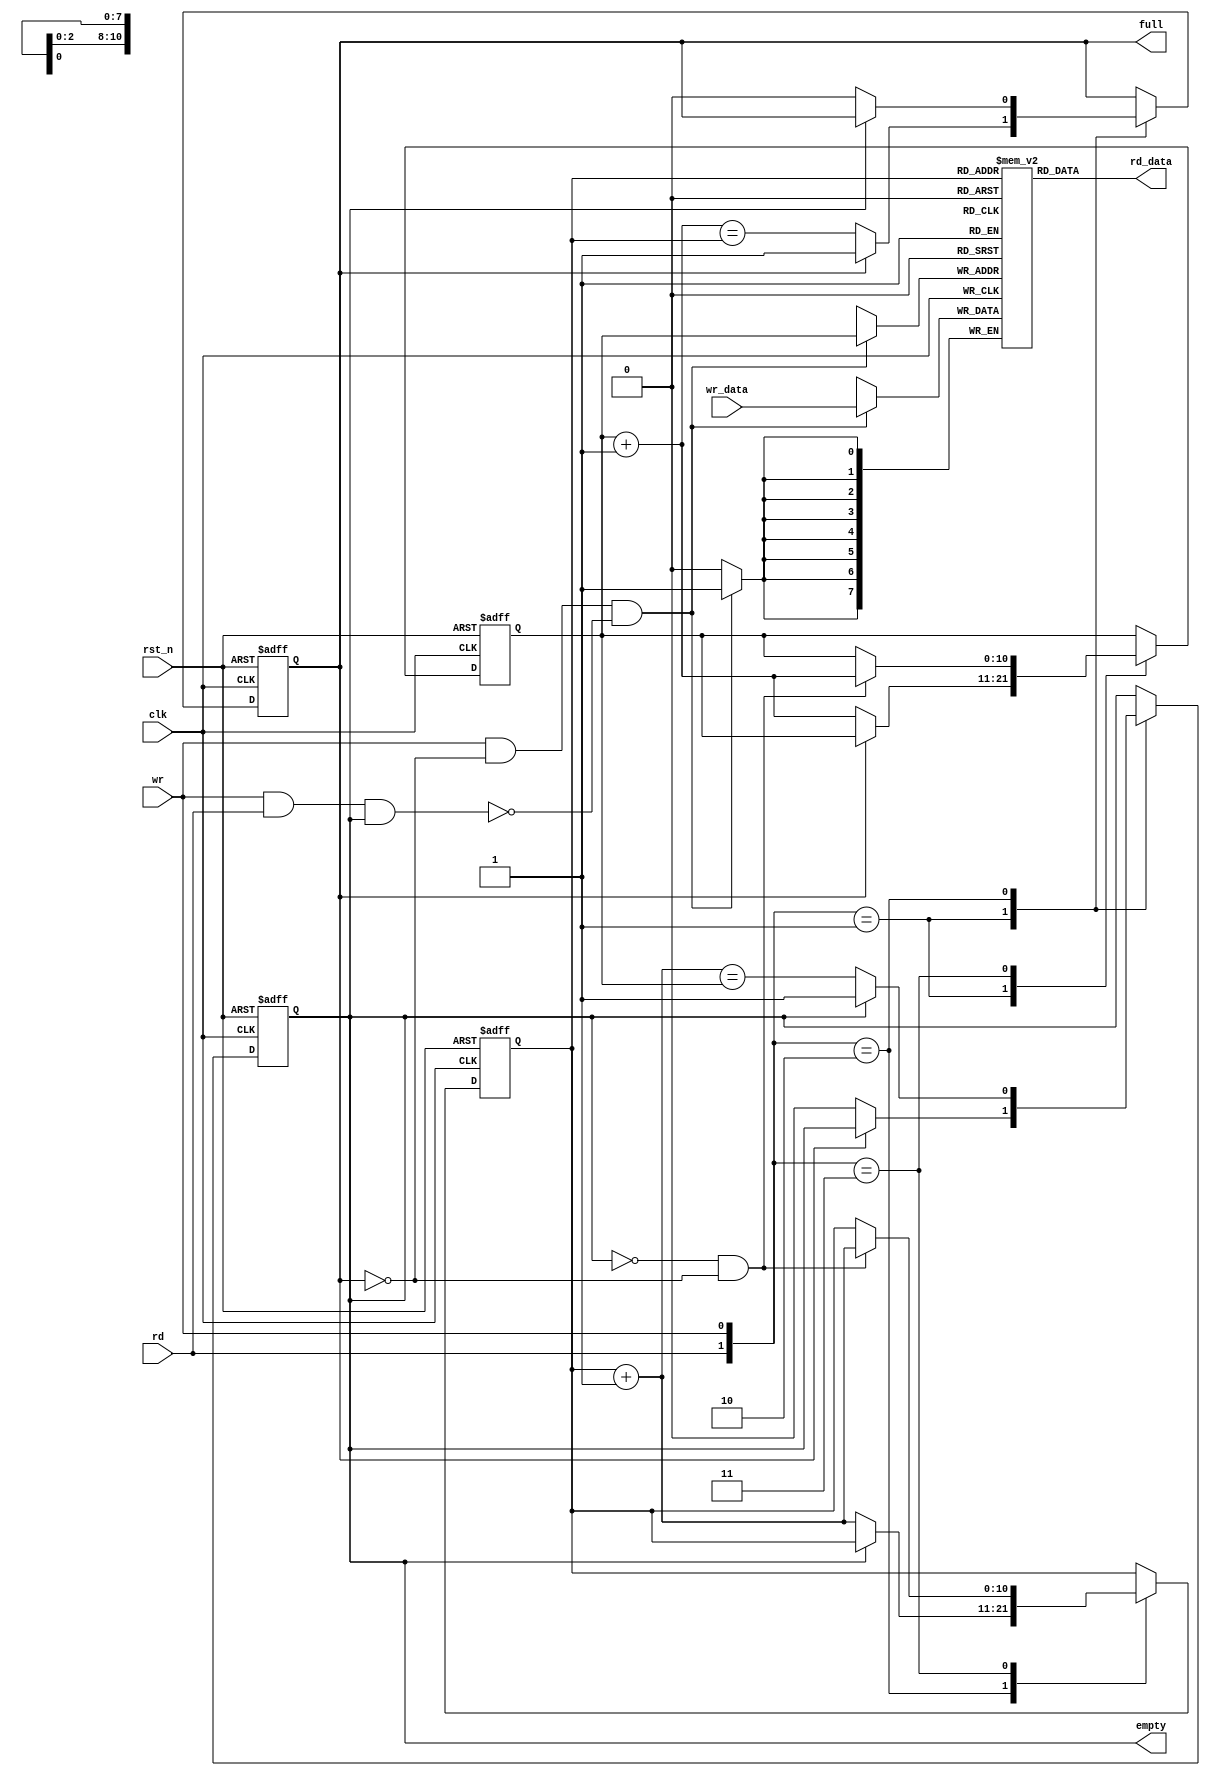
// This program was cloned from: https://github.com/AngeloJacobo/FPGA_Book_Experiments
// License: MIT License

`timescale 1ns / 1ps

module fifo
	#(parameter W=11,B=8)
	(
	input clk,rst_n,
	input wr,rd,
	input[B-1:0] wr_data,
	output[B-1:0] rd_data,
	output reg full,empty	
//	output reg[W-1:0] rd_ptr,wr_ptr
    );
	 initial begin
		full=0;
		empty=1;
	 end
	 reg[W-1:0] rd_ptr=0,wr_ptr=0;
	 reg[B-1:0] array_reg[2**W-1:0];

	 
	 //register file operation
	 always @(posedge clk) begin
		if(wr && !full && !(wr&&rd&&empty)) array_reg[wr_ptr]=wr_data;
	 end
	 assign rd_data=array_reg[rd_ptr];
	 
	 //fifo operation
	 always @(posedge clk,negedge rst_n) begin
		if(!rst_n) begin
			rd_ptr=0;
			wr_ptr=0;
			full=0;
			empty=1;
		end
		else begin
			case({rd,wr})
				2'b01: if(!full) begin
							wr_ptr=wr_ptr+1;
							empty=0;
							full=(wr_ptr==rd_ptr);
						 end
				2'b10: if(!empty) begin
							rd_ptr=rd_ptr+1;
							full=0;
							empty=(rd_ptr==wr_ptr);
						 end
				2'b11: if(!empty && !full) begin
								rd_ptr=rd_ptr+1;
								wr_ptr=wr_ptr+1;
						 end
			endcase
		end
	 end

endmodule